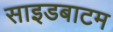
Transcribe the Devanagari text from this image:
साइडबाटम